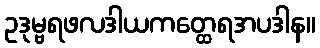
ဥဒုမ္ဗရဖလဒါယကတ္ထေရအပဒါန။